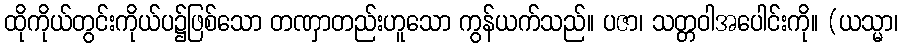
ထိုကိုယ်တွင်းကိုယ်ပ၌ဖြစ်သော တဏှာတည်းဟူသော ကွန်ယက်သည်။ ပဇာ၊ သတ္တဝါအပေါင်းကို။ (ယသ္မာ၊